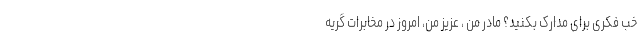
خب فکری برای مدارک بکنید؟ مادر من ، عزیز من، امروز در مخابرات گریه